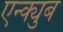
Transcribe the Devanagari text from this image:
एन्क्युब